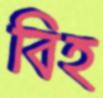
বিহ